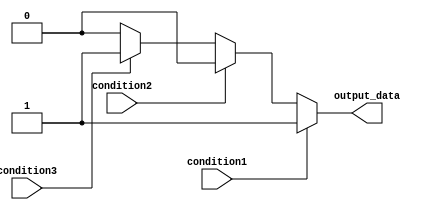
module if_else_ladder (
    input wire condition1,
    input wire condition2,
    input wire condition3,
    output reg output_data
);

always @*
begin
    if (condition1)
    begin
        // Code block for condition1
        output_data = 1;
    end
    else if (condition2)
    begin
        // Code block for condition2
        output_data = 2;
    end
    else if (condition3)
    begin
        // Code block for condition3
        output_data = 3;
    end
    else
    begin
        // Default code block
        output_data = 0;
    end
end

endmodule